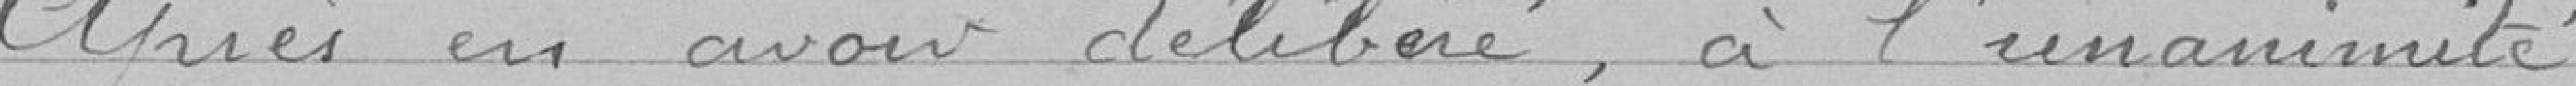
Après en avoir délibéré, à l'unanimité :